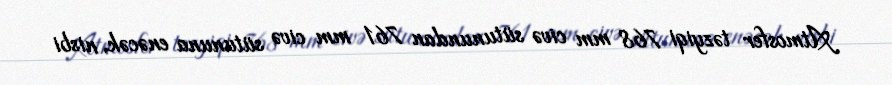
Atmosfer təzyiqi 768 mm civə sütunundan 761 mm civə sütununa enəcək, nisbi